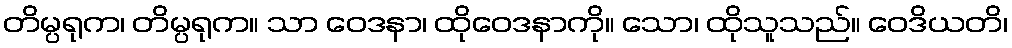
တိမ္ပရုက၊ တိမ္ပရုက။ သာ ဝေဒနာ၊ ထိုဝေဒနာကို။ သော၊ ထိုသူသည်။ ဝေဒိယတိ၊